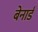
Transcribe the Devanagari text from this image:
बेनार्ड